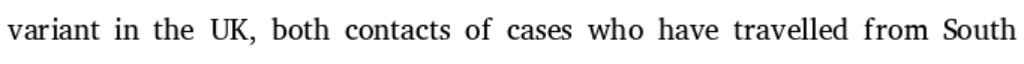
variant in the UK, both contacts of cases who have travelled from South